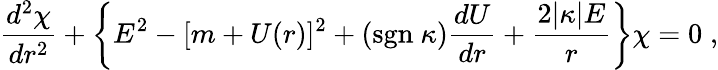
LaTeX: \frac{d^{2}\chi}{dr^{2}}+\left\{ E^{2}-[m+U(r)]^{2}+(\mathrm{sgn}~\kappa)\frac{dU}{dr}+\frac{2|\kappa|E}{r}\right\} \chi=0\; ,